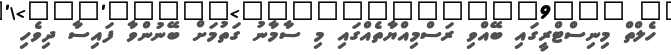
ހެލްތް މިނިސްޓްރީގައި ބޭއްވި ރަސްމިއްޔާތެއްގައި މި ސާމާނު ގަތުމަށް ބޭނުންވާ ފައިސާ ދިވެހި